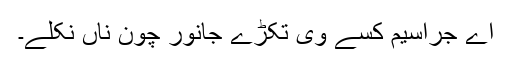
اے جراسیم کسے وی تکڑے جانور چون ناں نکلے۔